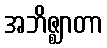
အဘိဇ္ဈာတာ